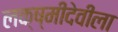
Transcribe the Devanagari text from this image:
लक्ष्मीदेवीला